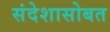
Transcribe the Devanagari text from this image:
संदेशासोबत